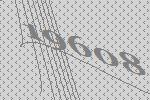
19608